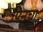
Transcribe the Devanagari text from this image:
पिनचा